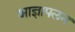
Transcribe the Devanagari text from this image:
आज्ञापलन